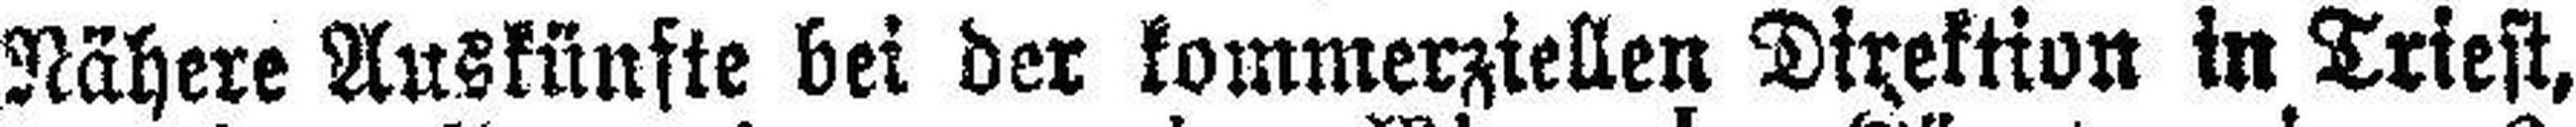
Nähere Auskünfte bei der kommerziellen Direktion in Triest,